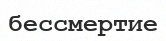
бессмертие